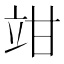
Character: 𥩩